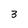
Character: 3